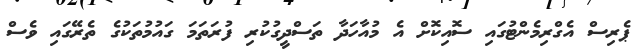
ޕެރިސް އެގްރިމެންޓުގައި ސޮއިކޮށް އެ މުއާހަދާ ތަސްދީގުކުރި ފުރަތަމަ ގައުމުތަކުގެ ތެރޭގައި ވެސް